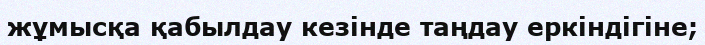
жұмысқа қабылдау кезінде таңдау еркіндігіне;